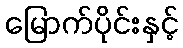
မြောက်ပိုင်းနှင့်